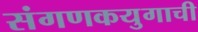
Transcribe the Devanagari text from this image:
संगणकयुगाची